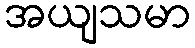
အယျသမာ